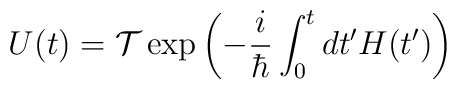
U(t)={\cal T}\exp{\left(-\frac{i}{\hbar}\int_0^tdt'H(t')\right)}